Report on lock hospitals in British Burma
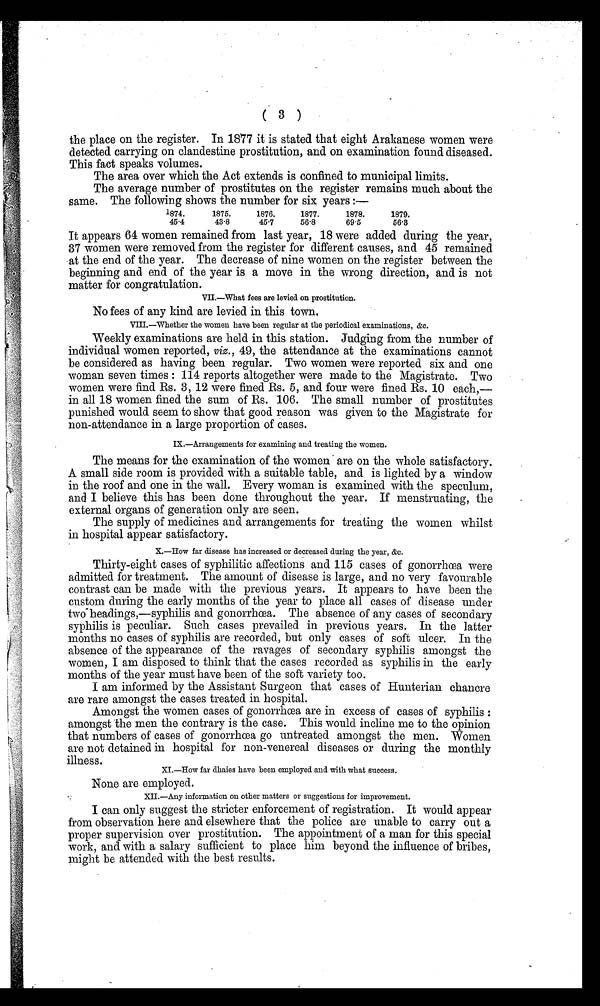
(3)
the place on the register. In 1877 it is stated that eight Arakanese women were
detected carrying on clandestine prostitution, and on examination found diseased.
This fact speaks volumes.
The area over which the Act extends is confined to municipal limits.
The average number of prostitutes on the register remains much about the
same. The following shows the number for six years :—
1874.
1875.
1876.
1877.
1878.
1879.
45.4
43.8
45.7
56.8
69.5
56.3
It appears 64 women remained from last year, 18 were added during the year,
37 women were removed from the register for different causes, and 45 remained
at the end of the year. The decrease of nine women on the register between the
beginning and end of the year is a move in the wrong direction, and is not
matter for congratulation.
VII.—what fees are levied on prostitution.
No fees of any kind are levied in this town.
VIII.—whether the women have been regular at the periodical examinations, &c.
Weekly examinations are held in this station. Judging from the number of
individual women reported, viz., 49, the attendance at the examinations cannot
be considered as having been regular. Two women were reported six and one
woman seven times: 114 reports altogether were made to the Magistrate. Two
women were find Rs. 3, 12 were fined Rs. 5, and four were fined Rs. 10 each,—
in all 18 women fined the sum of Rs. 106. The small number of prostitutes
punished would seem to show that good reason was given to the Magistrate for
non-attendance in a large proportion of cases.
IX.—Arrangements for examining and treating the women.
The means for the examination of the women are on the whole satisfactory.
A small side room is provided with a suitable table, and is lighted by a window
in the roof and one in the wall. Every woman is examined with the speculum,
and I believe this has been done throughout the year. If menstruating, the
external organs of generation only are seen.
The supply of medicines and arrangements for treating the women whilst
in hospital appear satisfactory.
X.—How far disease has increased or decreased during the year. &c.
Thirty-eight cases of syphilitic affections and 115 cases of gonorrhœa were
admitted for treatment. The amount of disease is large, and no very favourable
contrast can be made with the previous years. It appears to have been the
custom during the early months of the year to place all cases of disease under
two headings,—syphilis and gonorrhœa. The absence of any cases of secondary
syphilis is peculiar. Such cases prevailed in previous years. In the latter
months no cases of syphilis are recorded, but only cases of soft ulcer. In the
absence of the appearance of the ravages of secondary syphilis amongst the
women, I am disposed to think that the cases recorded as syphilis in the early
months of the year must have been of the soft variety too.
I am informed by the Assistant Surgeon that cases of Hunterian chancre
are rare amongst the cases treated in hospital.
Amongst the women cases of gonorrhœa are in excess of cases of syphilis:
amongst the men the contrary is the case. This would incline me to the opinion
that numbers of cases of gonorrhœa go untreated amongst the men. Women
are not detained in hospital for non-venereal diseases or during the monthly
illness.
XI.—How far dhaies have been employed and with what success.
None are employed.
XII.—Any information on other matters or suggestions for improvement.
I can only suggest the stricter enforcement of registration. It would appear
from observation here and elsewhere that the police are unable to carry out a
proper supervision over prostitution. The appointment of a man for this special
work, and with a salary sufficient to place him beyond the influence of bribes,
might be attended with the best results.